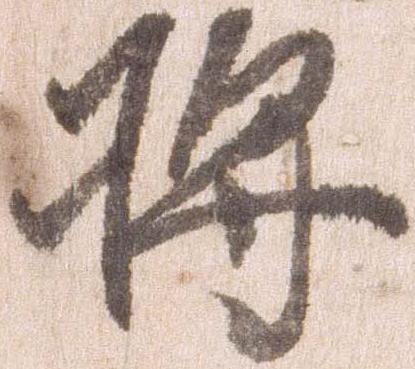
将